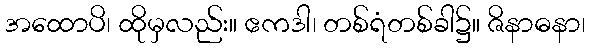
အထောပိ၊ ထိုမှလည်း။ ဧကဒါ၊ တစ်ရံတစ်ခါ၌။ ဇိနာဓနာ၊